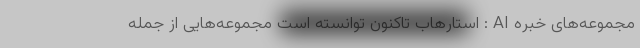
مجموعه‌های خبره AI : استارهاب تاکنون توانسته است مجموعه‌هایی از جمله